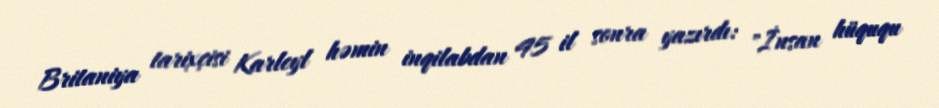
Britaniya tarixçisi Karleyl həmin inqilabdan 45 il sonra yazırdı: "İnsan hüququ